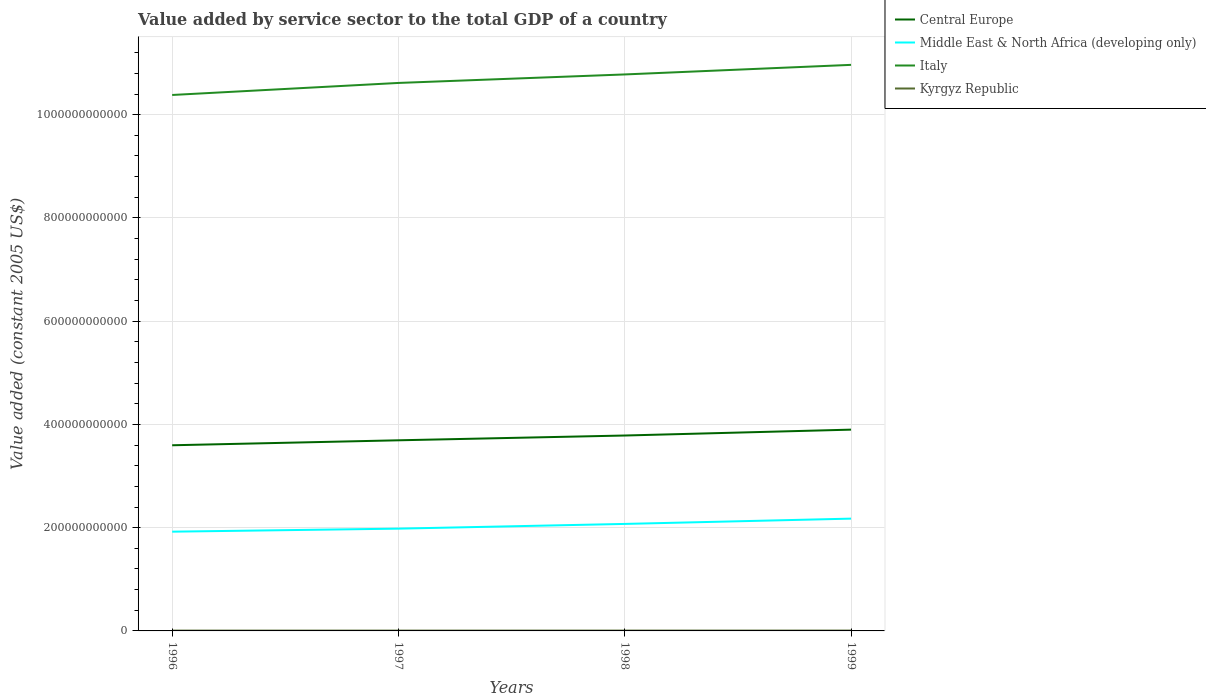
| Years | Central Europe | Middle East & North Africa (developing only) | Italy | Kyrgyz Republic |
 | --- | --- | --- | --- | --- |
 | 1996 | 3.6e+11 | 1.92e+11 | 1.04e+12 | 6.12e+08 |
 | 1997 | 3.69e+11 | 1.98e+11 | 1.06e+12 | 6.16e+08 |
 | 1998 | 3.78e+11 | 2.07e+11 | 1.08e+12 | 6.4e+08 |
 | 1999 | 3.9e+11 | 2.18e+11 | 1.1e+12 | 6.61e+08 |